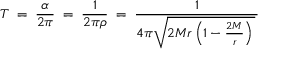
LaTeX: T \; = \; { \frac { \alpha } { 2 \pi } } \; = \; { \frac { 1 } { 2 \pi \rho } } \; = \; { \frac { 1 } { 4 \pi { \sqrt { 2 M r \left( 1 - { \frac { 2 M } { r } } \right) \, } } \, } }